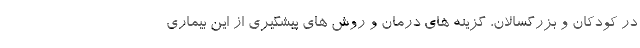
در کودکان و بزرگسالان، گزینه های درمان و روش های پیشگیری از این بیماری